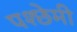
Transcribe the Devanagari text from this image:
पश्छेमी